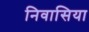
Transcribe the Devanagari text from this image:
निवासिया